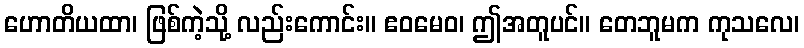
ဟောတိယထာ၊ ဖြစ်ကဲ့သို့ လည်းကောင်း။ ဧဝမေဝ၊ ဤအတူပင်။ တေဘူမက ကုသလေ၊